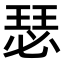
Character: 瑟